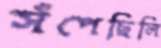
সঁপেছিলি